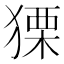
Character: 𤠫